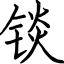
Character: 锬